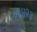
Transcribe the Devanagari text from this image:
०७४२३